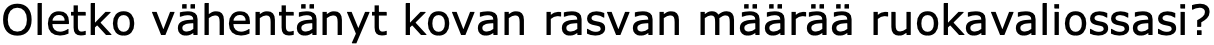
Oletko vähentänyt kovan rasvan määrää ruokavaliossasi?